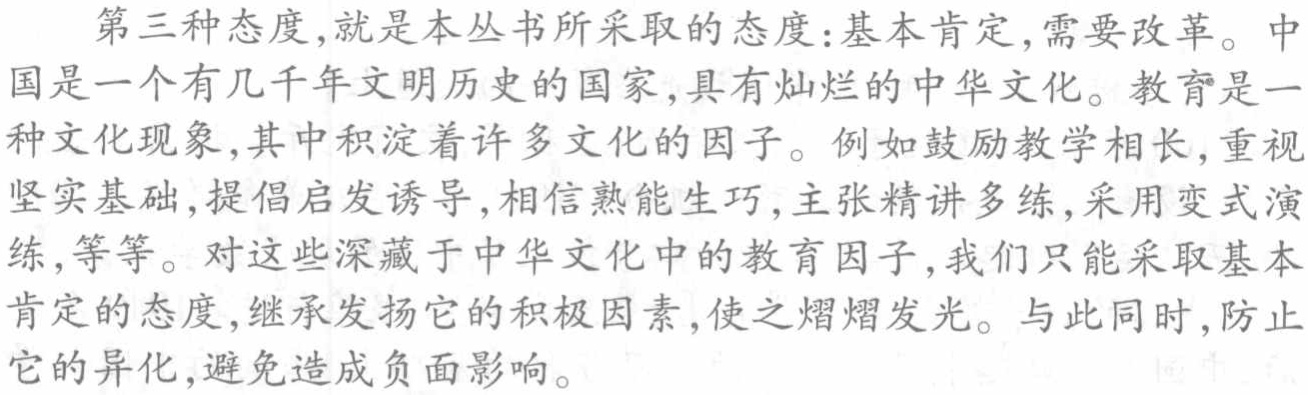
第三种态度,就是本丛书所采取的态度:基本肯定,需要改革。中国是一个有几千年文明历史的国家,具有灿烂的中华文化。教育是一种文化现象,其中积淀着许多文化的因子。例如鼓励教学相长,重视坚实基础,提倡启发诱导,相信熟能生巧,主张精讲多练,采用变式演练,等等。对这些深藏于中华文化中的教育因子,我们只能采取基本肯定的态度,继承发扬它的积极因素,使之熠熠发光。与此同时,防止它的异化,避免造成负面影响。